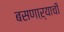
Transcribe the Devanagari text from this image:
बसणाऱ्याची